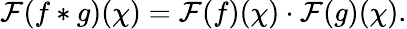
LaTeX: {\mathcal{F}}(f*g)(\chi)={\mathcal{F}}(f)(\chi)\cdot{\mathcal{F}}(g)(\chi).